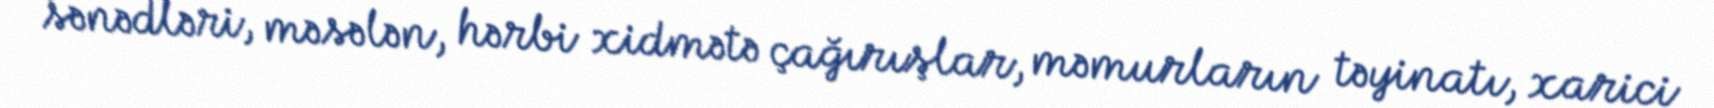
sənədləri, məsələn, hərbi xidmətə çağırışlar, məmurların təyinatı, xarici